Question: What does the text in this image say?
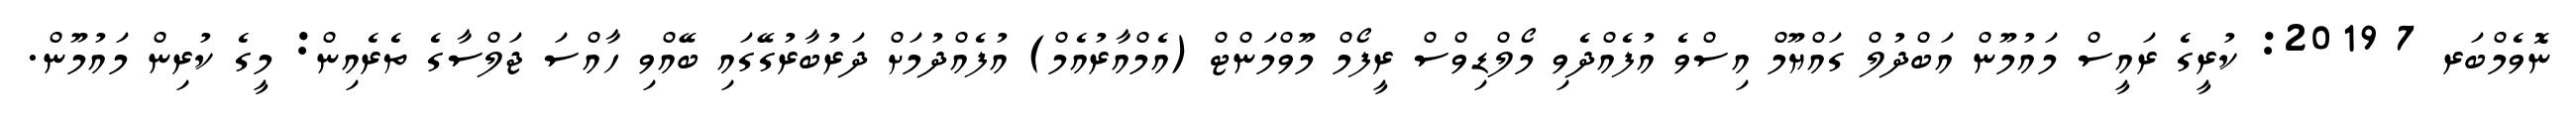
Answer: ނޮވެމްބަރ 7 2019: ކުރީގެ ރައީސް މައުމޫން އަބްދުލް ގައްޔޫމް އިސްވެ އުފެއްދެވި މޯލްޑިވްސް ރީފޯމް މޫވްމަންޓް (އެމްއާރުއެމް) އުފެއްދުމަށް ދަރުބާރުގޭގައި ބޭއްވި ހާއްސަ ޖަލްސާގެ ތެރެއިން: މީގެ ކުރިން މައުމޫން.